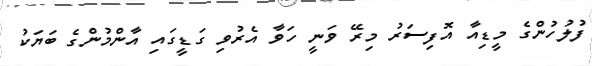
ފުލުހުންގެ މީޑިއާ އޮފިސަރު މިރޭ ވަނީ ހަވާ އެރުވި ގަޑީގައި އާންމުންގެ ބަޔަކު